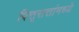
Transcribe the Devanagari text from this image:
पित्तृसत्तांमध्ये